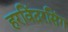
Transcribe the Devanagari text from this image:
हरविंदरसिंग